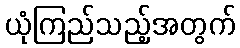
ယုံကြည်သည့်အတွက်